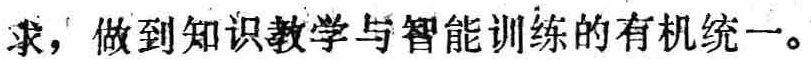
求，做到知识教学与智能训练的有机统一。